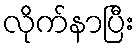
လိုက်နာပြီး